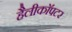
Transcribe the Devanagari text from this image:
हैलीकाॅपटर